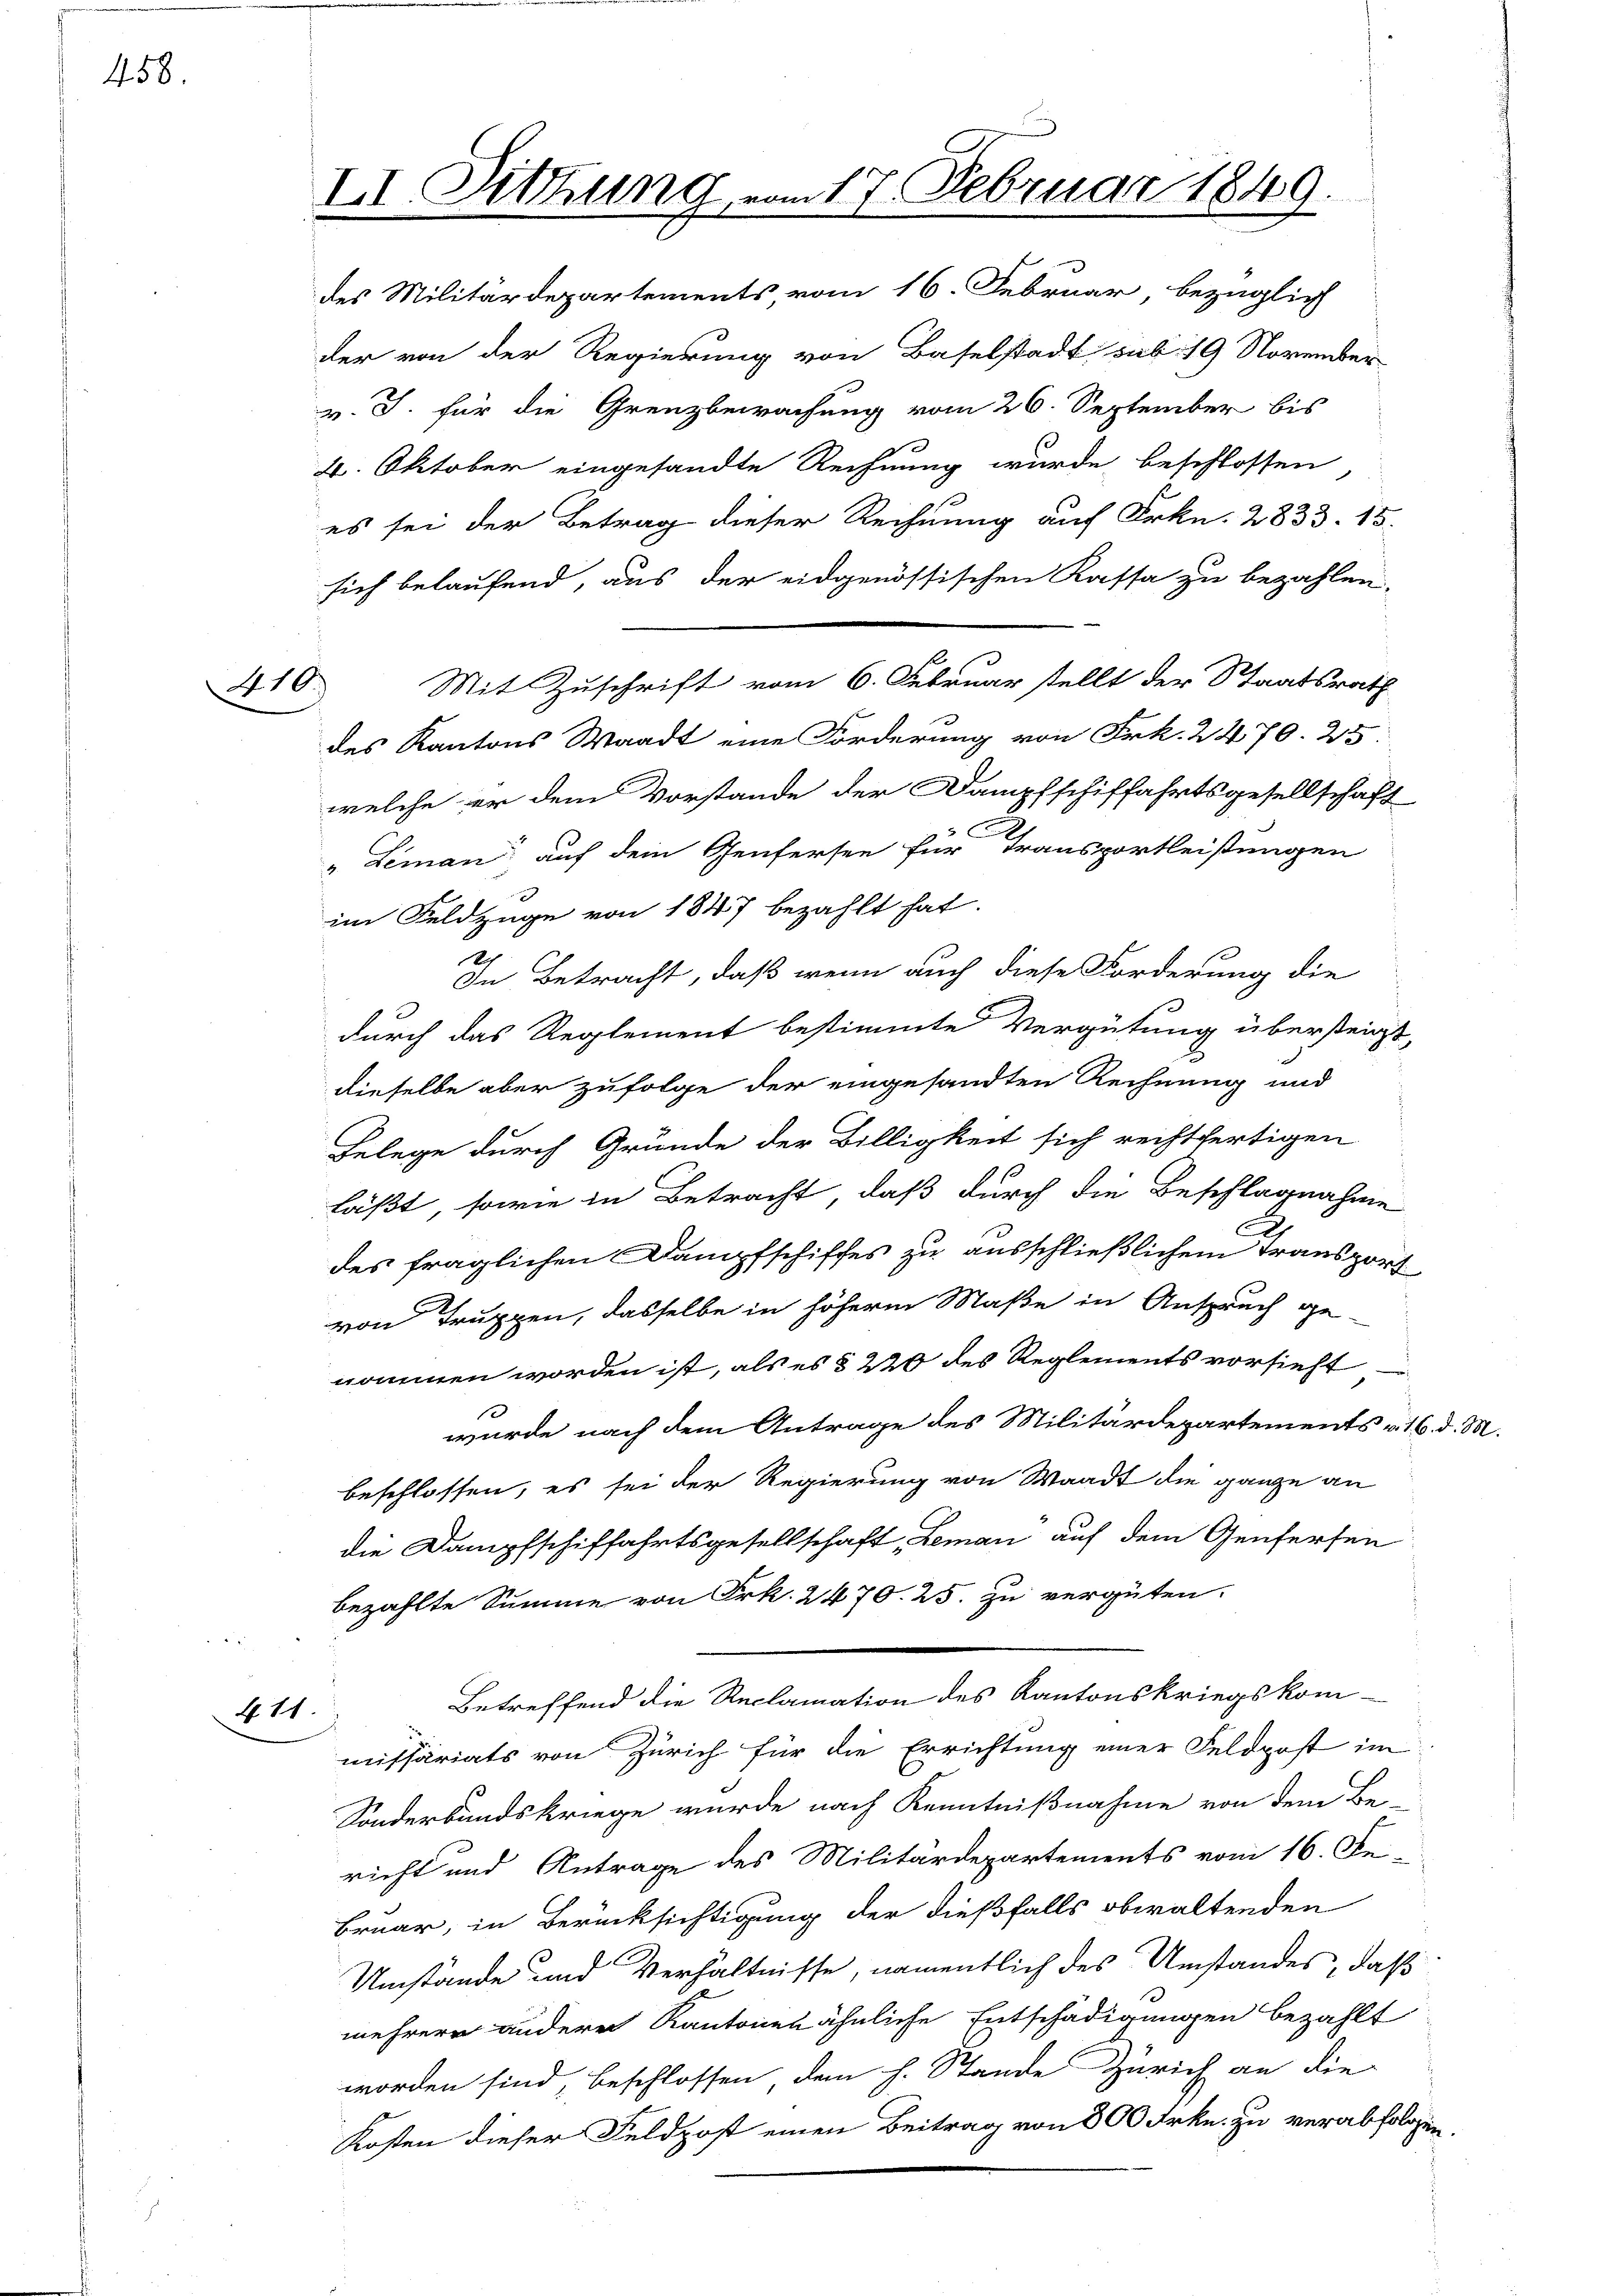
458.

410.)

411

II. Sitzung vom 17. Februar 1849.

des Militärdepartements vom 16. Februar bezüglich
der von der Regierung von Baselstadt sub. 19 November
v. J. für die Grenzbewachung vom 26. September bis
4. Oktober eingesandte Rechnung wurde beschlossen
es sei der Betrag dieser Rechnung auf Frkn. 2833. 15.
sich belaufend, aus der eidgenössischen Kassa zu bezahlen,
des Kantons Waadt eine Forderung von Frk. 2470. 25.
welche er dem Vorstande der Dampfschiffahrtsgesellschaft
5
3
„Leman auf dem Genfersen für Transportleistungen
im Feldzüge von 1847 bezahlt hat.
129
In Betracht, daß wenn auch diese Forderung die
durch das Reglement bestimmte Vergütung übersteigt,
dieselbe aber zufolge der eingesandten Rechnung und
Belege durch Gründe der Billigkeit sich rechtfertigen
läßt, sowie in Betracht, daß durch die Beschlagnahme
des fraglichen Dampfschiffes zu ausschließlichem Transport
von Truppen, dasselbe in höherm Maße in Anspruch ge-
nommen worden ist, als es § 220 des Reglements vorsieht
wurde nach dem Antrage des Militärdepartements v. 16. d. M.
beschlossen, es sei der Regierung von Waadt die ganze an
die Dampfschiffahrtsgesellschaft, Leman auf dem Genferten
bezahlte Summe von Frk. 2470. 25. zu vergüten.
Betreffend die Reclamation des Kantonskriegskom-
missariats von Zürich für die Errichtung einer Feldpost im
Sonderbundskriege wurde nach Kenntnißnahme von dem Be-
richt und Antrage des Militärdepartements vom 16. Fe
bruar, in Berücksichtigung der dießfalls obwaltenden
Umstände und Verhältnisse, namentlich des Umstandes, daß
mehrere andere Kantonen ähnliche Entschädigungen bezahlt
worden sind, beschlossen dem h. Stande Zürich an die
Kosten dieser Feldpost einen Beitrag von 800 Frkn. zu verabfolgen.

Mit Zuschrift vom 6. Februar stellt der Staatsrath